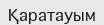
Қаратауым